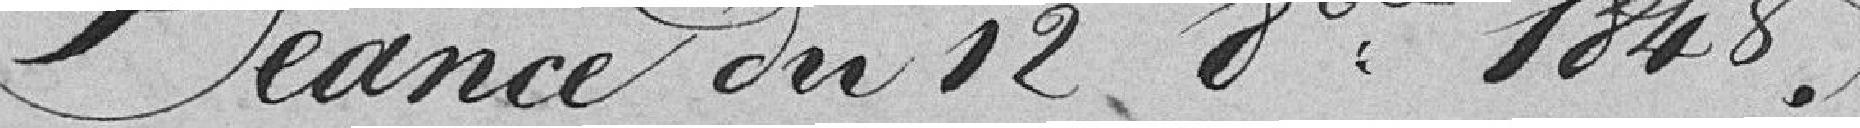
Séance du 12 8bre 1848